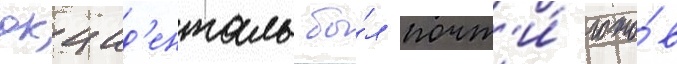
окцид'енталь бы́л почт'и́ гото́в